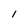
Character: I